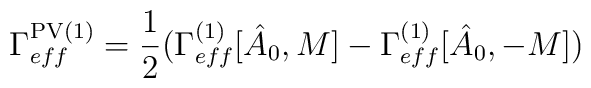
\Gamma_{eff}^{{\rm PV} (1)} = {1\over 2} (\Gamma_{eff}^{(1)} [\hat{A}_{0},M] -\Gamma_{eff}^{(1)} [\hat{A}_{0},-M])